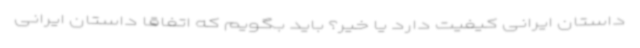
داستان ایرانی کیفیت دارد یا خیر؟ باید بگویم که اتفاقا داستان ایرانی